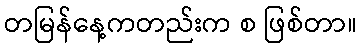
တမြန်နေ့ကတည်းက စ ဖြစ်တာ။